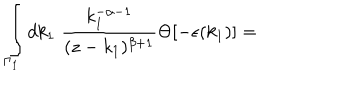
\int _ { { \Gamma } _ { 1 } } d k _ { 1 } \; \frac { k _ { 1 } ^ { - \alpha - 1 } } { ( z - k _ { 1 } ) ^ { \beta + 1 } } \Theta [ - \epsilon ( k _ { 1 } ) ] =